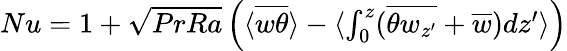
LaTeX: \begin{array}{r}{Nu=1+\sqrt{PrRa}\left(\langle\overline{{w\theta}}\rangle-\langle\int_{0}^{z}(\overline{{\theta w_{z^{\prime}}}}+\overline{{w}})dz^{\prime}\rangle\right)}\end{array}